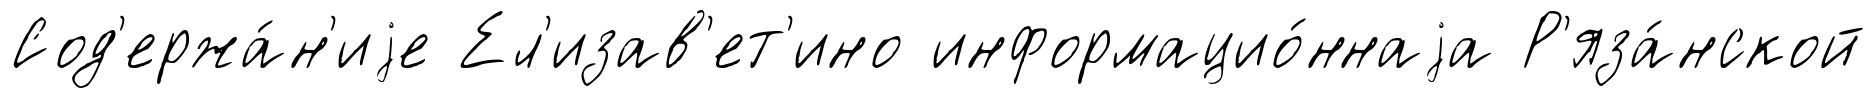
Сод'ержа́н'иjе Ел'изав'ет'ино информацио́ннаjа Р'яза́нской